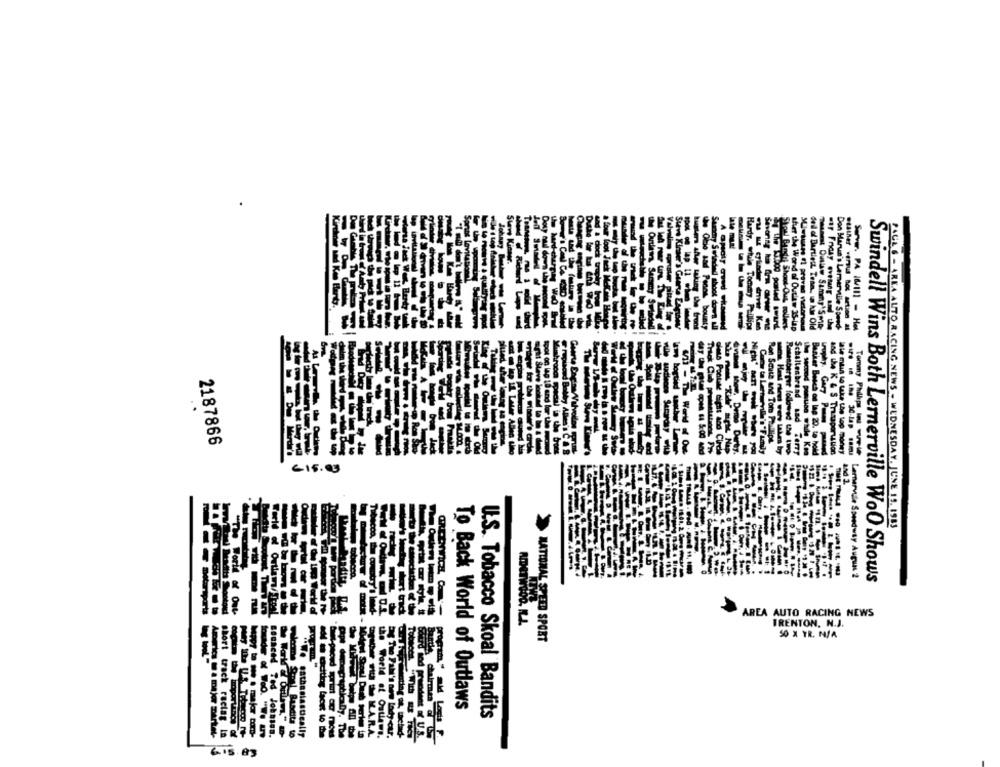
Showl Bunshf Shout-Ous, mollees
ater the World of Outlaw 35-Lap
dell of Bartiest. Team, a ki Old
Test Duthe Sammy'Smo
war Friday evetung und the
Don Marus's Larmerville Speed-
2187866
Ren Scute and Tom Philips
Tommy Philips In www
Schaltenbrand sad Terry
Banker Besch os lag 20. te hold
and the K & S Trasaparution
€15.03
PAUL 6 - AREA AUTO RACING NEWS - WEDNESDAY, JUNE 15. 1983
Lemarvile Speedway August 2
Swindell Wins Both Lernerville WoO Shows
motorsports
orkdal
AREA AUTO RACING NEWS
TRENTON, N.J.
50 X TR. N/A
>AATIONAL SPEED SPORT
Tobaces."
To Back World of Outlaws
U.S. Tobacco Skoal Bandits
Agrica to a major market-
short track racing In
Bounced Ted Johnson.
We esthesiastically
the World of Outlaws.
US.
ichod proccent of U.S.
€15.83